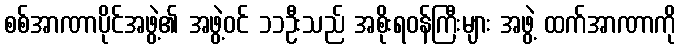
စစ်အာဏာပိုင်အဖွဲ့၏ အဖွဲ့ဝင် ၁၁ဦးသည် အစိုးရဝန်ကြီးများ အဖွဲ့ ထက်အာဏာကို